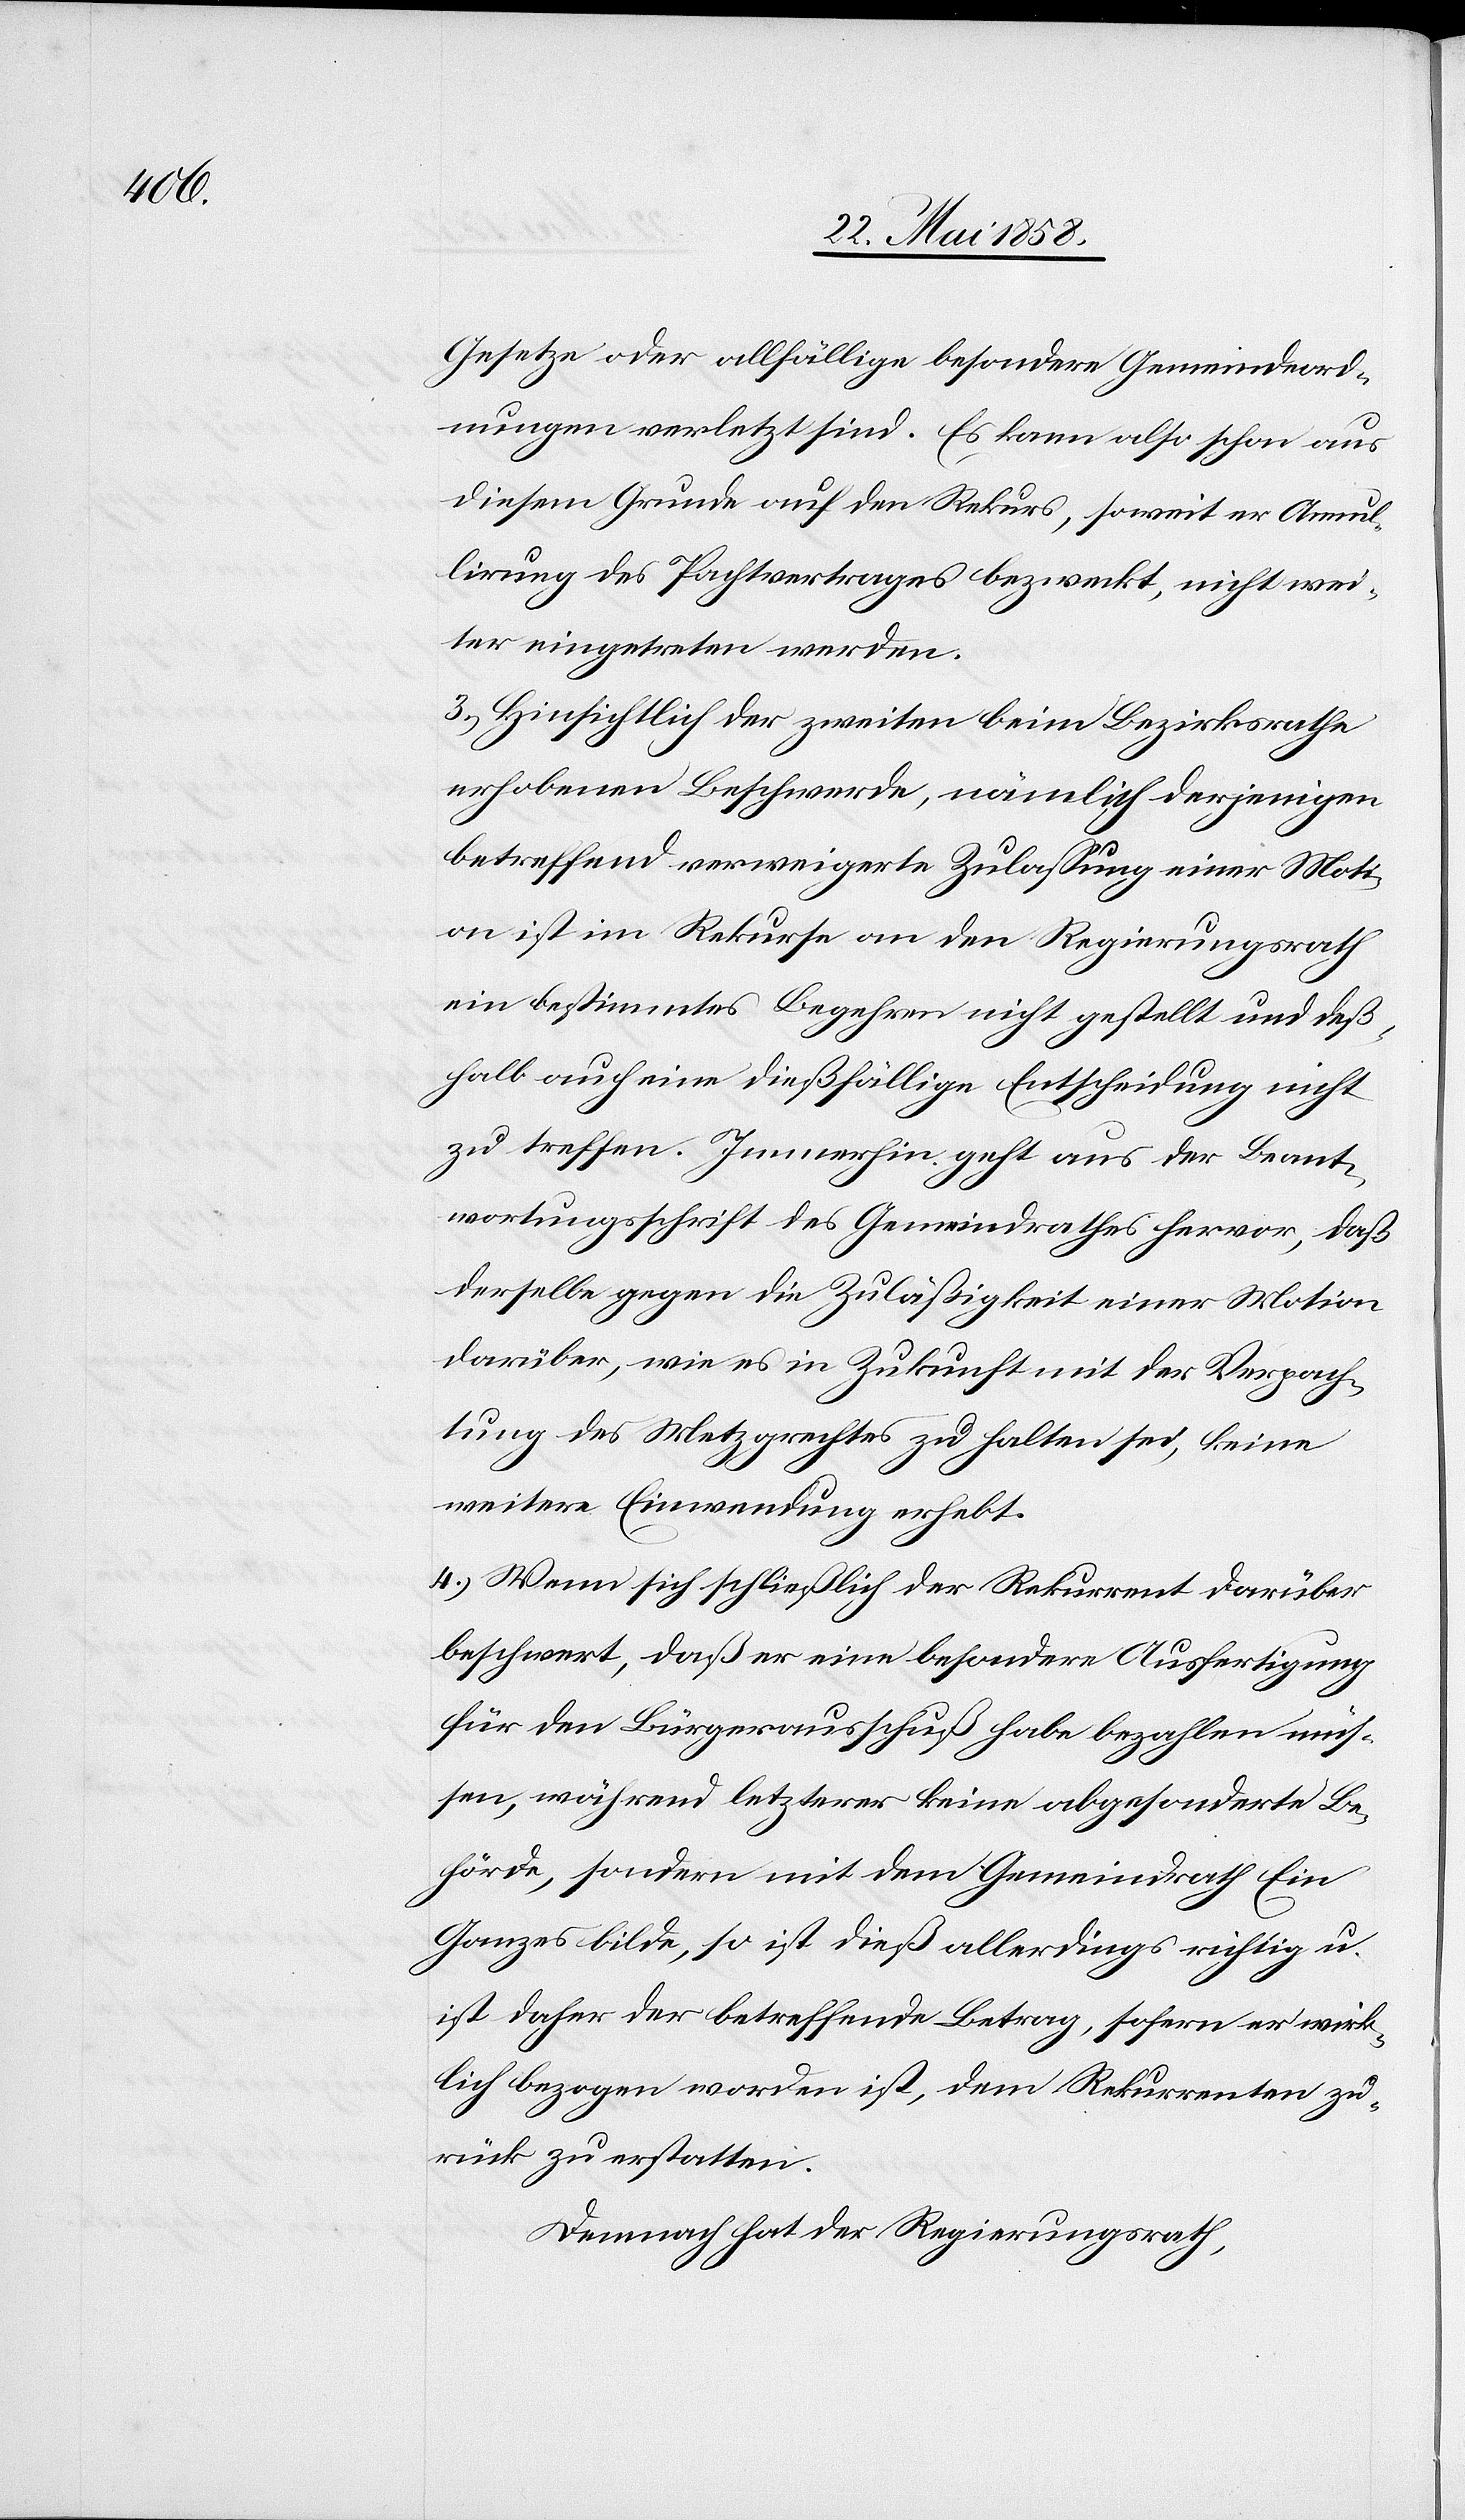
Gesetze oder allfällige besondere Gemeindeord¬
nungen verletzt sind. Es kann also schon aus
diesem Grunde auf den Rekurs, soweit er Annul¬
lirung des Pachtvertrages bezweckt, nicht wei¬
ter eingetreten werden.
3. Hinsichtlich der zweiten beim Bezirksrathe
erhobenen Beschwerde, nämlich derjenigen
betreffend verweigerte Zulassung einer Moti¬
on ist im Rekurse an den Regierungsrath
ein bestimmtes Begehren nicht gestellt und deß¬
halb auch eine dießfällige Entscheidung nicht
zu treffen. Immerhin geht aus der Beant¬
wortungsschrift des Gemeindrathes hervor, daß
derselbe gegen die Zuläßigkeit einer Motion
darüber, wie es in Zukunft mit der Verpach¬
tung des Metzgrechtes zu halten sei, keine
weitere Einwendung erhebt.
4. Wenn sich schließlich der Rekurrent darüber
beschwert, daß er eine besondere Ausfertigung
für den Bürgerausschuß habe bezahlen müs¬
sen, während letzterer keine abgesonderte Be¬
hörde, sondern mit dem Gemeindrath Ein
Ganzes bilde, so ist dieß allerdings richtig u.
ist daher der betreffende Betrag, sofern er wirk¬
lich bezogen worden ist, dem Rekurrenten zu¬
rück zu erstatten.
Demnach hat der Regierungsrath,